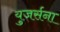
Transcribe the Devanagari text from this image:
युजर्सना